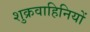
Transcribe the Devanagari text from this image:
शुक्रवाहिनियों